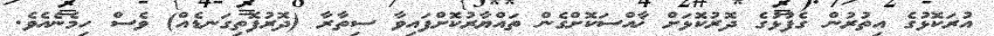
އުރަކޮޅުގެ އިތުރުން ގެފުޅުގެ ދޮރުކޮޅަށް ޚާއްސަކޮށްގެން ތައްޔާރުކޮށްފައިވާ ސިތާރާ (ދޮރުފޮތިގަނޑެއް) ވެސް ހިމެނެއެވެ.